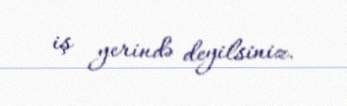
iş yerində deyilsiniz.